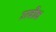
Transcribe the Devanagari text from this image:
उरबीक्ष